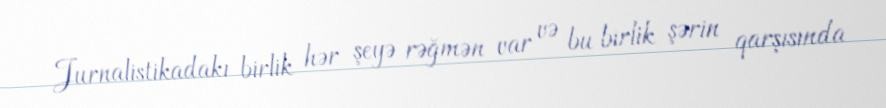
Jurnalistikadakı birlik hər şeyə rəğmən var və bu birlik şərin qarşısında